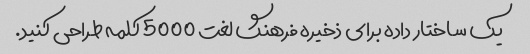
یک ساختار داده برای ذخیره فرهنگ لغت 5000 کلمه طراحی کنید.